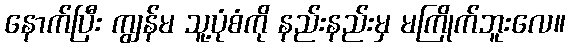
နောက်ပြီး ကျွန်မ သူ့ပုံစံကို နည်းနည်းမှ မကြိုက်ဘူးလေ။